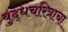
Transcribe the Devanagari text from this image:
बुद्धचरित्राचा